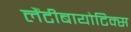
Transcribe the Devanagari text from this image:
लैंटीबायोटिक्स